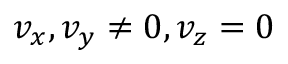
v _ { x } , v _ { y } \ne 0 , v _ { z } = 0